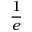
\frac { 1 } { e }